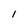
Character: l